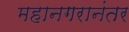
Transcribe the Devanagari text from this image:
महानगरानंतर